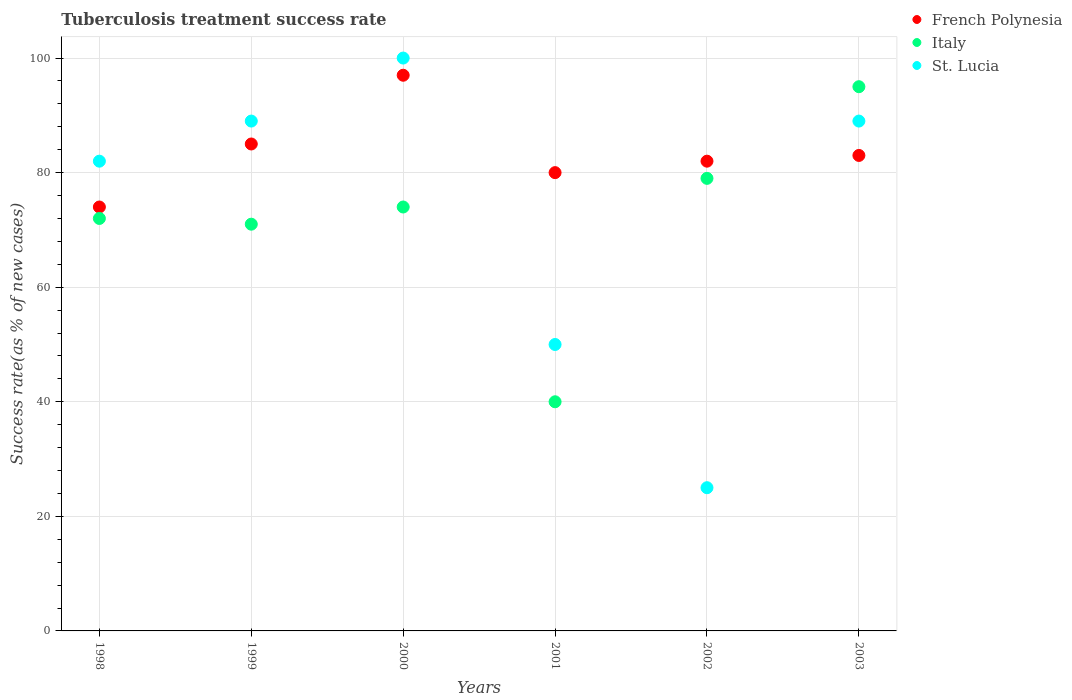
| Years | French Polynesia | Italy | St. Lucia |
 | --- | --- | --- | --- |
 | 1998 | 74 | 72 | 82 |
 | 1999 | 85 | 71 | 89 |
 | 2000 | 97 | 74 | 100 |
 | 2001 | 80 | 40 | 50 |
 | 2002 | 82 | 79 | 25 |
 | 2003 | 83 | 95 | 89 |